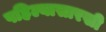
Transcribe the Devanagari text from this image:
पहिल्यासारखी